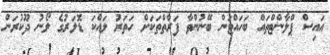
އައިސް ޕްލާންޓްތައް ބަހައްޓަން ބޭނުންވާ ފަރާތްތަކަށް ހަތަރު ލައްކަ ޑޮލަރުގެ ލޯނު ދޫކުރަން